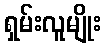
ရှမ်းလူမျိုး